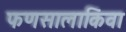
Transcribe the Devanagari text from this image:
फणसालाकिंवा